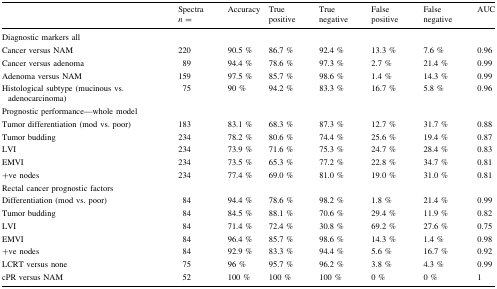
|  | Spectra n = | Accuracy | True positive | True negative | False positive | False negative | AUC |
 | --- | --- | --- | --- | --- | --- | --- | --- |
 | <COLSPAN=8> Diagnostic markers all |
 | Cancer versus NAM | 220 | 90.5 % | 86.7 % | 92.4 % | 13.3 % | 7.6 % | 0.96 |
 | Cancer versus adenoma | 89 | 94.4 % | 78.6 % | 97.3 % | 2.7 % | 21.4 % | 0.99 |
 | Adenoma versus NAM | 159 | 97.5 % | 85.7 % | 98.6 % | 1.4 % | 14.3 % | 0.99 |
 | Histological subtype (mucinous vs. adenocarcinoma) | 75 | 90 % | 94.2 % | 83.3 % | 16.7 % | 5.8 % | 0.96 |
 | <COLSPAN=8> Prognostic performance—whole model |
 | Tumor differentiation (mod vs. poor) | 183 | 83.1 % | 68.3 % | 87.3 % | 12.7 % | 31.7 % | 0.88 |
 | Tumor budding | 234 | 78.2 % | 80.6 % | 74.4 % | 25.6 % | 19.4 % | 0.87 |
 | LVI | 234 | 73.9 % | 71.6 % | 75.3 % | 24.7 % | 28.4 % | 0.83 |
 | EMVI | 234 | 73.5 % | 65.3 % | 77.2 % | 22.8 % | 34.7 % | 0.81 |
 | +ve nodes | 234 | 77.4 % | 69.0 % | 81.0 % | 19.0 % | 31.0 % | 0.81 |
 | <COLSPAN=8> Rectal cancer prognostic factors |
 | Differentiation (mod vs. poor) | 84 | 94.4 % | 78.6 % | 98.2 % | 1.8 % | 21.4 % | 0.99 |
 | Tumor budding | 84 | 84.5 % | 88.1 % | 70.6 % | 29.4 % | 11.9 % | 0.82 |
 | LVI | 84 | 71.4 % | 72.4 % | 30.8 % | 69.2 % | 27.6 % | 0.75 |
 | EMVI | 84 | 96.4 % | 85.7 % | 98.6 % | 14.3 % | 1.4 % | 0.98 |
 | +ve nodes | 84 | 92.9 % | 83.3 % | 94.4 % | 5.6 % | 16.7 % | 0.92 |
 | LCRT versus none | 75 | 96 % | 95.7 % | 96.2 % | 3.8 % | 4.3 % | 0.99 |
 | cPR versus NAM | 52 | 100 % | 100 % | 100 % | 0 % | 0 % | 1 |